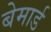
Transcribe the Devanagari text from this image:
बेमार्ड